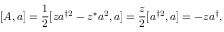
[ A , a ] = { \frac { 1 } { 2 } } [ z a ^ { \dagger 2 } - z ^ { * } a ^ { 2 } , a ] = { \frac { z } { 2 } } [ a ^ { \dagger 2 } , a ] = - z a ^ { \dagger } ,